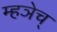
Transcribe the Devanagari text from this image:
म्हञेच्